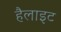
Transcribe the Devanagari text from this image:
हैलाइट